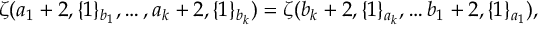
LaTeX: \zeta ( a _ { 1 } + 2 , \{ 1 \} _ { b _ { 1 } } , \dots , a _ { k } + 2 , \{ 1 \} _ { b _ { k } } ) = \zeta ( b _ { k } + 2 , \{ 1 \} _ { a _ { k } } , \dots b _ { 1 } + 2 , \{ 1 \} _ { a _ { 1 } } ) ,